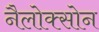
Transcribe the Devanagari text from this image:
नैलोक्सोन